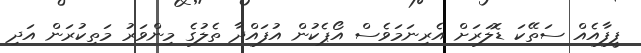
ފީފާއެއް ސަތޭކަ ޑޮލަރަށް އެރިނަމަވެސް އޯޕެކުން އުފައްދާ ތެލުގެ މިންވަރު މަތިކުރަން އަދި